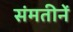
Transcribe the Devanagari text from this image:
संमतीनें